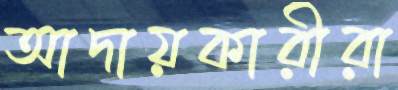
আদায়কারীরা